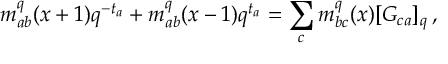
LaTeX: m _ { a b } ^ { q } ( x + 1 ) q ^ { - t _ { a } } + m _ { a b } ^ { q } ( x - 1 ) q ^ { t _ { a } } = \sum _ { c } m _ { b c } ^ { q } ( x ) [ G _ { c a } ] _ { q } \, ,